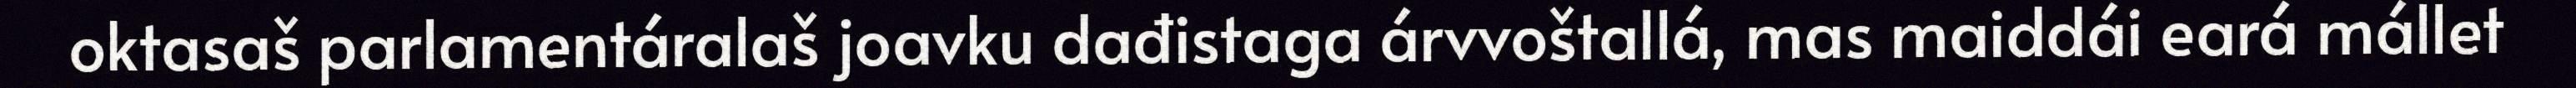
oktasaš parlamentáralaš joavku dađistaga árvvoštallá, mas maiddái eará mállet